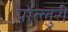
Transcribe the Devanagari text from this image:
पोत्लुरी